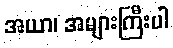
အယာ၊ အများကြီးပါ